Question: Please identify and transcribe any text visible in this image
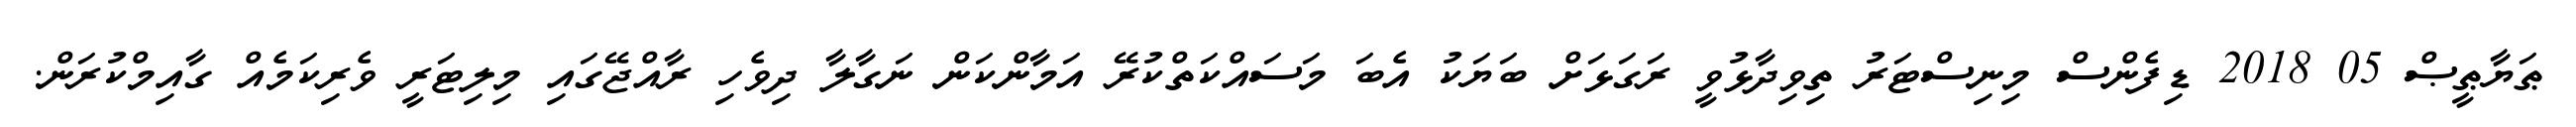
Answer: ޠަޔާޠީޞް 05 2018 ޑިފެންސް މިނިސްޓަރު ތިވިދާޅުވީ ރަގަޅަށް ބަޔަކު އެބަ މަސައްކަތްކުރޭ އަމާންކަން ނަގާލާ ދިވެހި ރާއްޖޭގައި މިލިޓަރީ ވެރިކަމެއް ގާއިމްކުރަން.